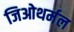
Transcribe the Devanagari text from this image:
जिओथर्मल